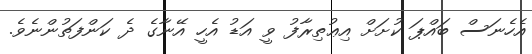
އެހެނަސް ބައްޕަ ކުށަށް އިޢުތިރާފު ވީ އަޑު އެހީ އޭނާގެ ދެ ކަންފަތުންނެވެ.